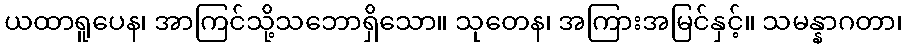
ယထာရူပေန၊ အာကြင်သို့သဘောရှိသော။ သုတေန၊ အကြားအမြင်နှင့်။ သမန္နာဂတာ၊